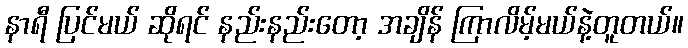
နာရီ ပြင်မယ် ဆိုရင် နည်းနည်းတော့ အချိန် ကြာလိမ့်မယ်နဲ့တူတယ်။